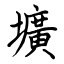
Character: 壙